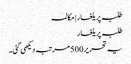
طلبہ پر یلغار | مکالمہ
طلبہ پر یلغار
یہ تحریر 500 مرتبہ دیکھی گئی۔